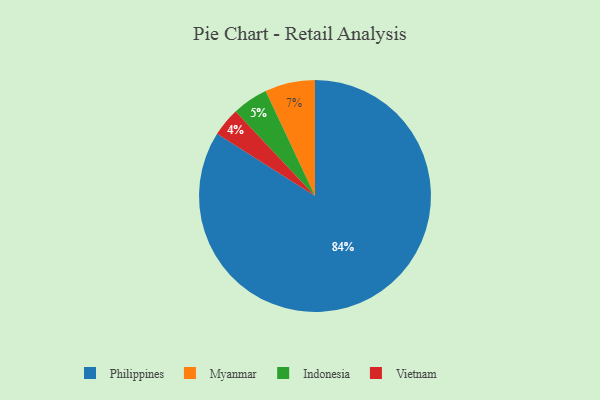
{"axis": {"x": "Category", "y": "Percentage"}, "legend": ["Indonesia", "Myanmar", "Philippines", "Vietnam"], "data": [{"x": "Indonesia", "y": 5, "type": "Indonesia"}, {"x": "Philippines", "y": 84, "type": "Philippines"}, {"x": "Vietnam", "y": 4, "type": "Vietnam"}, {"x": "Myanmar", "y": 7, "type": "Myanmar"}]}